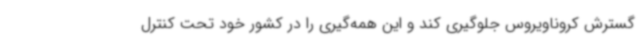
گسترش کروناویروس جلوگیری کند و این همه‌گیری را در کشور خود تحت کنترل